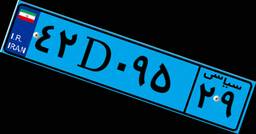
۴۲D۰۹۵۲۹